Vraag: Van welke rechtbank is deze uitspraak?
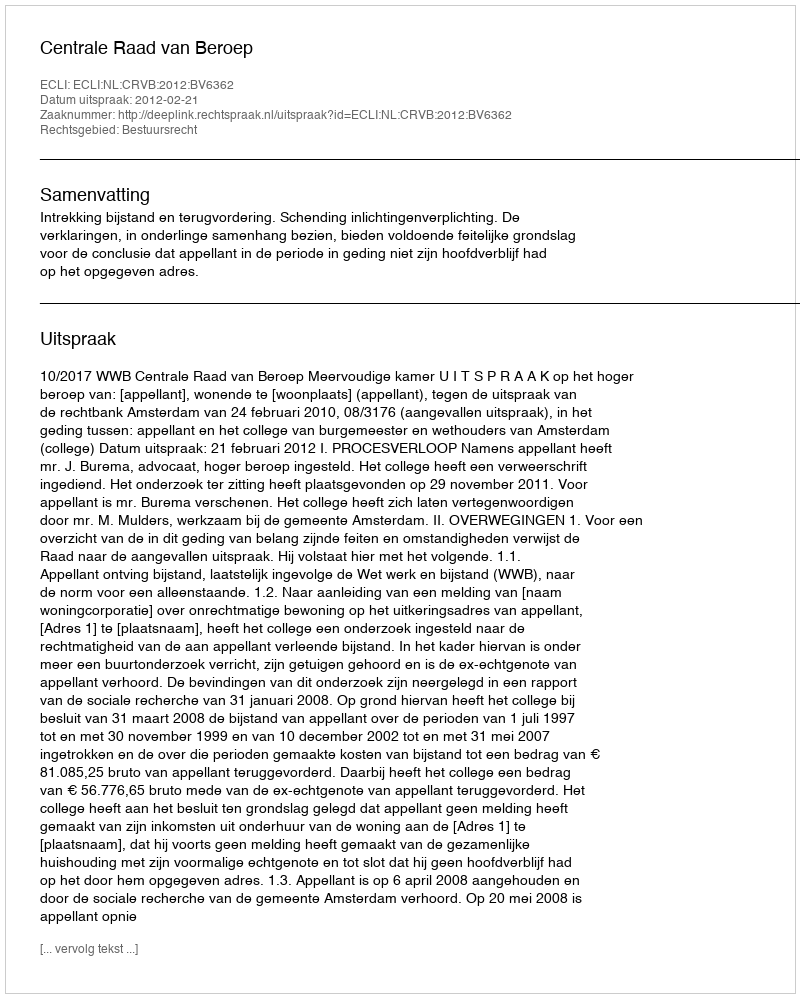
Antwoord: Centrale Raad van Beroep